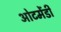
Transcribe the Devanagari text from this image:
ओटमेंडी